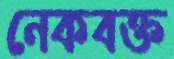
নেকবক্ত